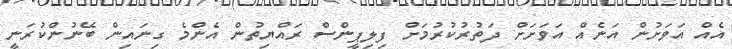
އެއް އަވަށުން އަނެއް އަވަށަށް ދަތުރުކުރުމަަށް ފިލިޕީންސް ރައްޔިތުން އެންމެ ގިނައިން ބޭނުންކުރަނީ